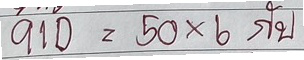
910 = 50x6 กับ